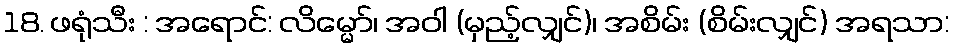
18. ဖရုံသီး : အရောင်: လိမ္မော်၊ အဝါ (မှည့်လျှင်)၊ အစိမ်း (စိမ်းလျှင်) အရသာ: